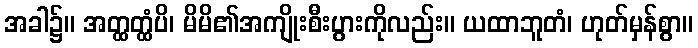
အခါ၌။ အတ္ထတ္ထံပိ၊ မိမိ၏အကျိုးစီးပွားကိုလည်း။ ယထာဘူတံ၊ ဟုတ်မှန်စွာ။